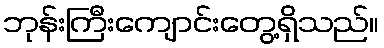
ဘုန်းကြီးကျောင်းတွေ့ရှိသည်။